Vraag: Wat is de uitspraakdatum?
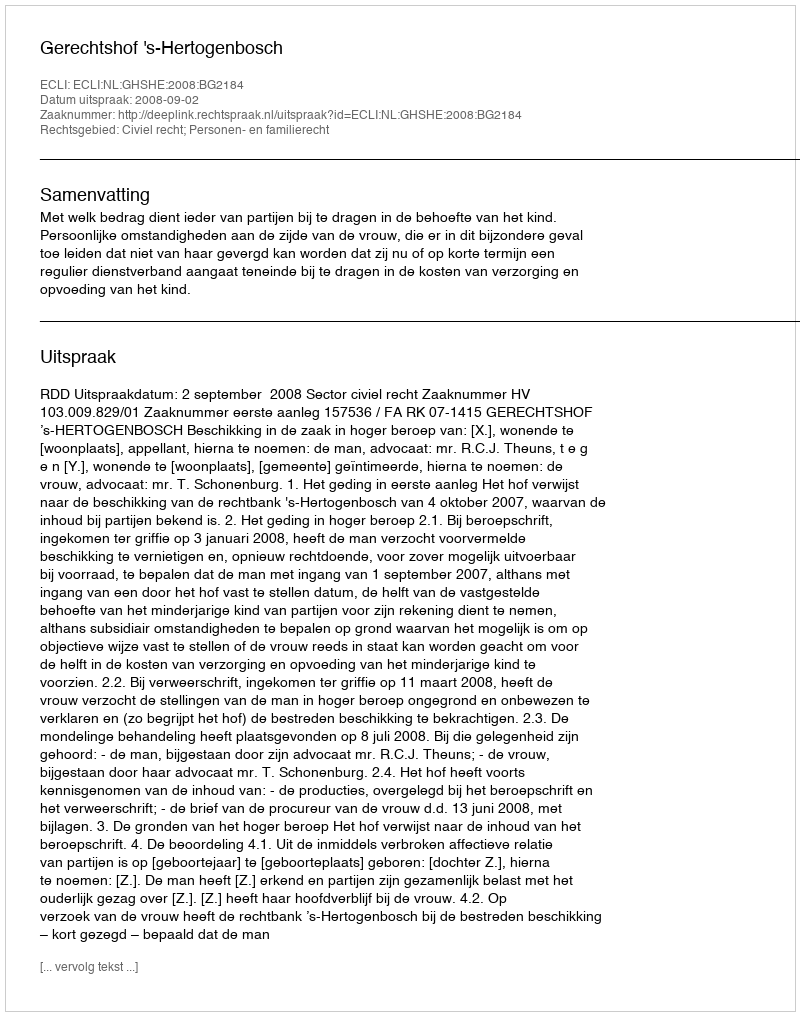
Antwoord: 2008-09-02